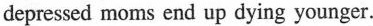
depressed moms end up dying younger.